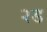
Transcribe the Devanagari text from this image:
२ड